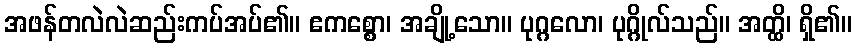
အဖန်တလဲလဲဆည်းကပ်အပ်၏။ ဧကစ္စော၊ အချို့သော။ ပုဂ္ဂလော၊ ပုဂ္ဂိုလ်သည်။ အတ္ထိ၊ ရှိ၏။